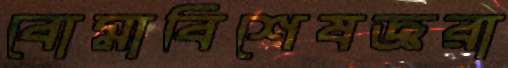
বোমাবিশেষজ্ঞরা